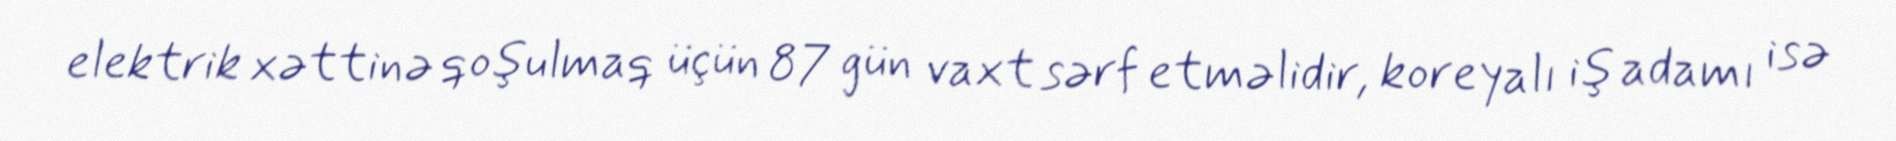
elektrik xəttinə qoşulmaq üçün 87 gün vaxt sərf etməlidir, koreyalı iş adamı isə